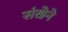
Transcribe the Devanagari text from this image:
संखेने